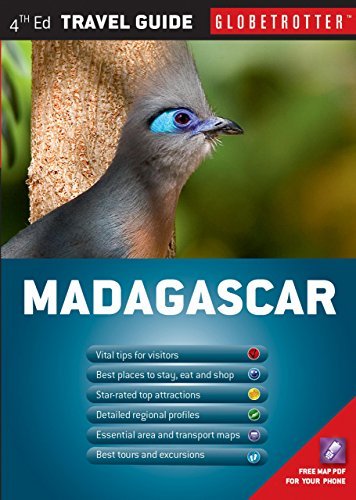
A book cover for By Derek Schuurman Madagascar Travel Pack (Globetrotter Travel Packs) (Fourth Edition) [Paperback]; Travel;